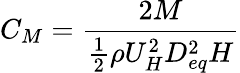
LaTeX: C_{M}=\frac{2M}{\frac{1}{2}\rho U_{H}^{2}D_{eq}^{2}H}